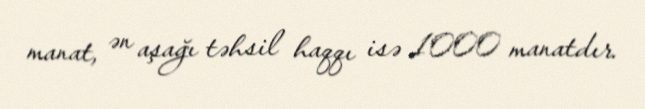
manat, ən aşağı təhsil haqqı isə 1000 manatdır.